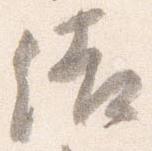
結